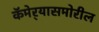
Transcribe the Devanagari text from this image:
कॅमेर्‍यासमोरील